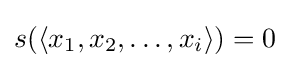
s(\langle x_{1},x_{2},\ldots ,x_{i}\rangle )=0